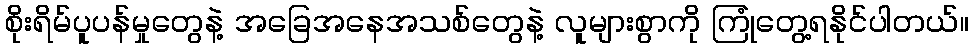
စိုးရိမ်ပူပန်မှုတွေနဲ့ အခြေအနေအသစ်တွေနဲ့ လူများစွာကို ကြုံတွေ့ရနိုင်ပါတယ်။